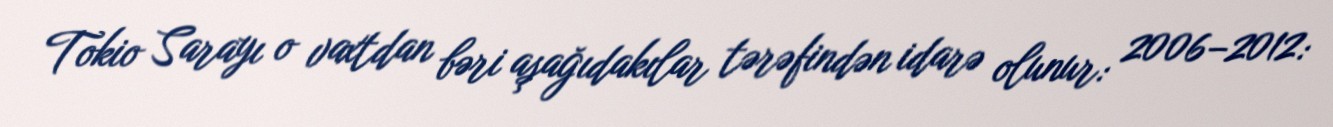
Tokio Sarayı o vaxtdan bəri aşağıdakılar tərəfindən idarə olunur: 2006–2012: